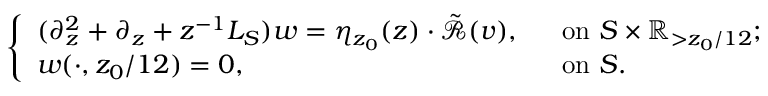
\begin{array} { r } { \left\{ \begin{array} { l l } { ( \partial _ { z } ^ { 2 } + \partial _ { z } + z ^ { - 1 } L _ { S } ) w = \eta _ { z _ { 0 } } ( z ) \cdot \tilde { \mathscr { R } } ( v ) , } & { \ \mathrm { ~ o n ~ } S \times \mathbb { R } _ { > z _ { 0 } / 1 2 } ; } \\ { w ( \cdot , z _ { 0 } / 1 2 ) = 0 , } & { \ \mathrm { ~ o n ~ } S . } \end{array} \right. } \end{array}